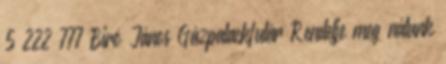
5 222 777 Biró János Gázpalackfutár Rendelje meg nálunk